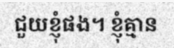
ជួយខ្ញុំផង។ ខ្ញុំគ្មាន